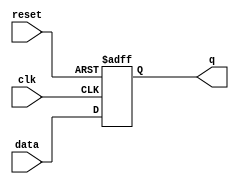
module flip_flop (
  input wire clk,
  input wire reset,
  input wire data,
  output reg q
);

always @(posedge clk or negedge reset) begin
  if (~reset) begin
    q <= 1'b0;
  end else begin
    q <= data;
  end
end

endmodule